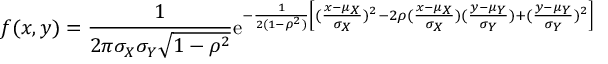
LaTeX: f ( x , y ) = { \frac { 1 } { 2 \pi \sigma _ { X } \sigma _ { Y } { \sqrt { 1 - \rho ^ { 2 } } } } } \mathrm { e } ^ { - { \frac { 1 } { 2 ( 1 - \rho ^ { 2 } ) } } \left[ ( { \frac { x - \mu _ { X } } { \sigma _ { X } } } ) ^ { 2 } - 2 \rho ( { \frac { x - \mu _ { X } } { \sigma _ { X } } } ) ( { \frac { y - \mu _ { Y } } { \sigma _ { Y } } } ) + ( { \frac { y - \mu _ { Y } } { \sigma _ { Y } } } ) ^ { 2 } \right] }